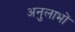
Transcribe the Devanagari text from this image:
अनुलाभों